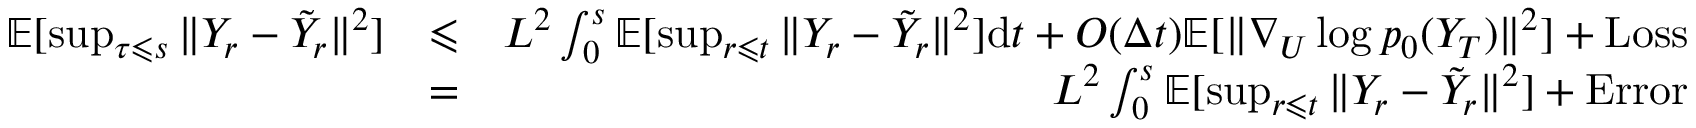
\begin{array} { r l r } { \mathbb { E } [ \operatorname* { s u p } _ { \tau \leqslant s } \| Y _ { r } - \tilde { Y } _ { r } \| ^ { 2 } ] } & { \leqslant } & { L ^ { 2 } \int _ { 0 } ^ { s } \mathbb { E } [ \operatorname* { s u p } _ { r \leqslant t } \| Y _ { r } - \tilde { Y } _ { r } \| ^ { 2 } ] \mathrm { d } t + O ( \Delta t ) \mathbb { E } [ \| \nabla _ { U } \log p _ { 0 } ( Y _ { T } ) \| ^ { 2 } ] + \ensuremath { \operatorname { L o s s } } } \\ & { = } & { L ^ { 2 } \int _ { 0 } ^ { s } \mathbb { E } [ \operatorname* { s u p } _ { r \leqslant t } \| Y _ { r } - \tilde { Y } _ { r } \| ^ { 2 } ] + \ensuremath { \operatorname { E r r o r } } } \end{array}